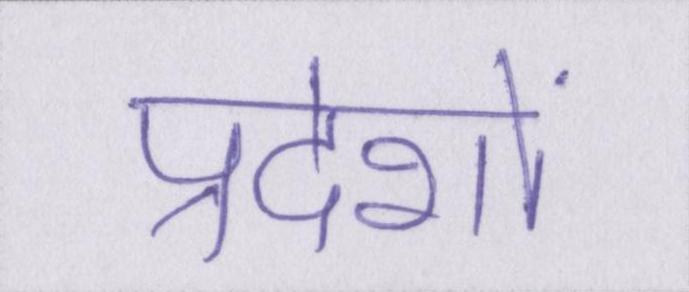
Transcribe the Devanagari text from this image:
प्रदेशों